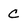
Character: c